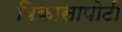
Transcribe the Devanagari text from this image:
विकासापोटी